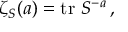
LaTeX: \zeta _ { S } ( a ) = \operatorname { t r } \, S ^ { - a } \, ,